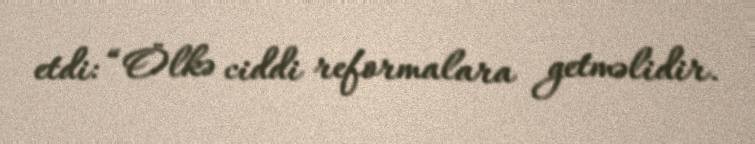
etdi: “Ölkə ciddi reformalara getməlidir.